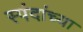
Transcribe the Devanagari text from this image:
स्पंदांच्या